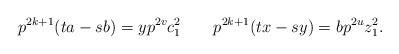
LaTeX: \begin{align*}p^{2k+1}(ta-sb) = yp^{2v}c_1^2~~~~~~p^{2k+1} (tx-sy)= bp^{2u}z_1^2.\end{align*}